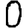
Digit: 0